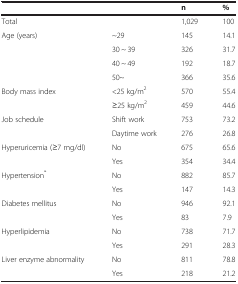
<table><thead><tr><td colspan="2"></td><td><b>n</b></td><td><b>%</b></td></tr></thead><tbody><tr><td colspan="2">Total</td><td>1,029</td><td>100</td></tr><tr><td rowspan="4">Age (years)</td><td>~29</td><td>145</td><td>14.1</td></tr><tr><td>30 ~ 39</td><td>326</td><td>31.7</td></tr><tr><td>40 ~ 49</td><td>192</td><td>18.7</td></tr><tr><td>50~</td><td>366</td><td>35.6</td></tr><tr><td rowspan="2">Body mass index</td><td>&lt;25 kg/m<sup>2</sup></td><td>570</td><td>55.4</td></tr><tr><td>≥25 kg/m<sup>2</sup></td><td>459</td><td>44.6</td></tr><tr><td rowspan="2">Job schedule</td><td>Shift work</td><td>753</td><td>73.2</td></tr><tr><td>Daytime work</td><td>276</td><td>26.8</td></tr><tr><td rowspan="2">Hyperuricemia (≥7 mg/dl)</td><td>No</td><td>675</td><td>65.6</td></tr><tr><td>Yes</td><td>354</td><td>34.4</td></tr><tr><td rowspan="2">Hypertension<sup>*</sup></td><td>No</td><td>882</td><td>85.7</td></tr><tr><td>Yes</td><td>147</td><td>14.3</td></tr><tr><td rowspan="2">Diabetes mellitus<sup>†</sup></td><td>No</td><td>946</td><td>92.1</td></tr><tr><td>Yes</td><td>83</td><td>7.9</td></tr><tr><td rowspan="2">Hyperlipidemia<sup>‡</sup></td><td>No</td><td>738</td><td>71.7</td></tr><tr><td>Yes</td><td>291</td><td>28.3</td></tr><tr><td rowspan="2">Liver enzyme abnormality<sup>§</sup></td><td>No</td><td>811</td><td>78.8</td></tr><tr><td>Yes</td><td>218</td><td>21.2</td></tr></tbody></table>